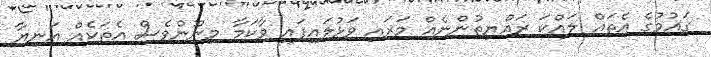
ގައުމުގެ އެތައް ލައްކަ ރައްޔިތުންނެއް މަރައި ވަޅުލައިފައި ވާކަމާ މިނޫންވެސް އެތަކެއް އަނިޔާ